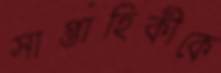
সাপ্তাহিকীকে